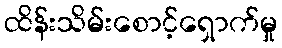
ထိန်းသိမ်းစောင့်ရှောက်မှု